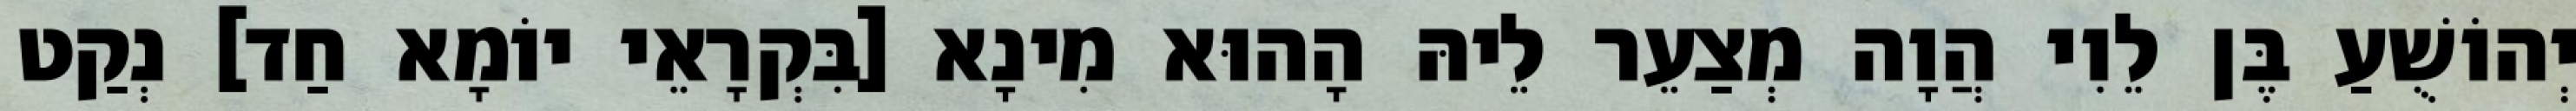
יְהוֹשֻׁעַ בֶּן לֵוִי הֲוָה מְצַעֵר לֵיהּ הָהוּא מִינָא [בִּקְרָאֵי יוֹמָא חַד] נְקַט